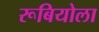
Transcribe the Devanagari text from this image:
रूबियोला